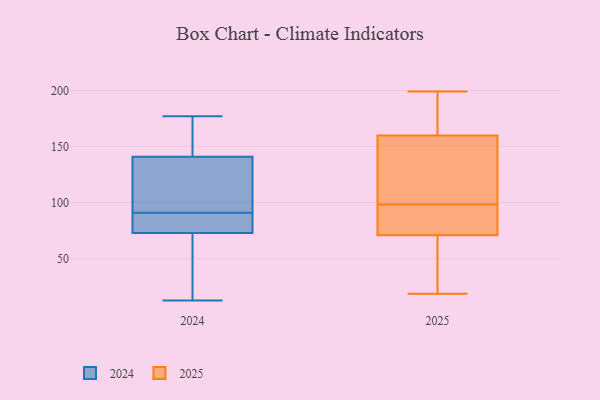
{"axis": {"x": "Page Views", "y": "Value"}, "legend": ["2024", "2025"], "data": [{"x": "", "y": 82, "type": "2025"}, {"x": "", "y": 106, "type": "2025"}, {"x": "", "y": 184, "type": "2025"}, {"x": "", "y": 134, "type": "2025"}, {"x": "", "y": 91, "type": "2025"}, {"x": "", "y": 160, "type": "2025"}, {"x": "", "y": 199, "type": "2025"}, {"x": "", "y": 25, "type": "2025"}, {"x": "", "y": 113, "type": "2025"}, {"x": "", "y": 33, "type": "2025"}, {"x": "", "y": 77, "type": "2025"}, {"x": "", "y": 141, "type": "2025"}, {"x": "", "y": 71, "type": "2025"}, {"x": "", "y": 19, "type": "2025"}, {"x": "", "y": 166, "type": "2025"}, {"x": "", "y": 190, "type": "2025"}, {"x": "", "y": 53, "type": "2025"}, {"x": "", "y": 72, "type": "2025"}, {"x": "", "y": 14, "type": "2024"}, {"x": "", "y": 141, "type": "2024"}, {"x": "", "y": 73, "type": "2024"}, {"x": "", "y": 73, "type": "2024"}, {"x": "", "y": 94, "type": "2024"}, {"x": "", "y": 164, "type": "2024"}, {"x": "", "y": 132, "type": "2024"}, {"x": "", "y": 146, "type": "2024"}, {"x": "", "y": 105, "type": "2024"}, {"x": "", "y": 177, "type": "2024"}, {"x": "", "y": 13, "type": "2024"}, {"x": "", "y": 51, "type": "2024"}, {"x": "", "y": 88, "type": "2024"}, {"x": "", "y": 75, "type": "2024"}]}